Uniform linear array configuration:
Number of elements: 4
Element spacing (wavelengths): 0.25
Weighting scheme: kaiser
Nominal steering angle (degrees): -15
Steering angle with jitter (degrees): -16.514
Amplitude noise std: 0.05
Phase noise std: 0.05

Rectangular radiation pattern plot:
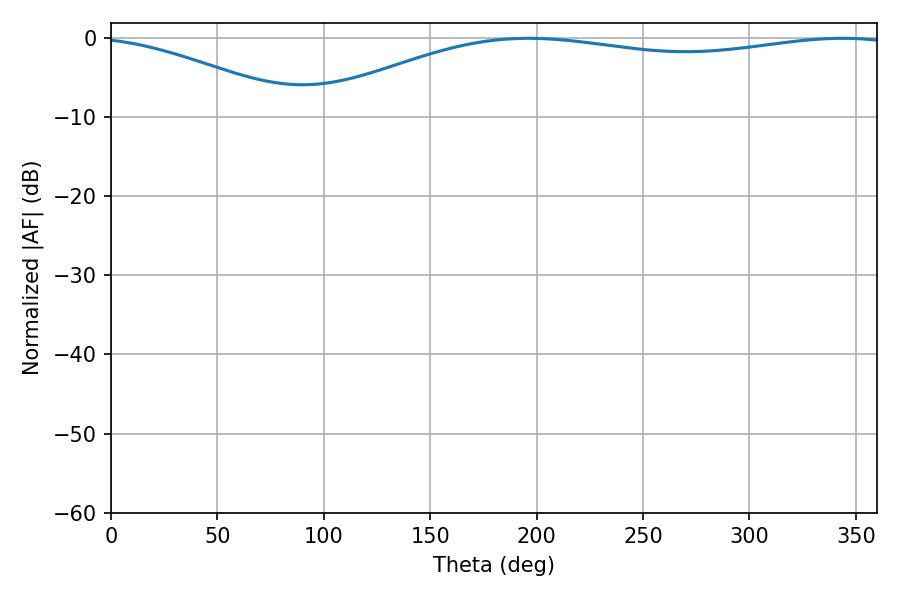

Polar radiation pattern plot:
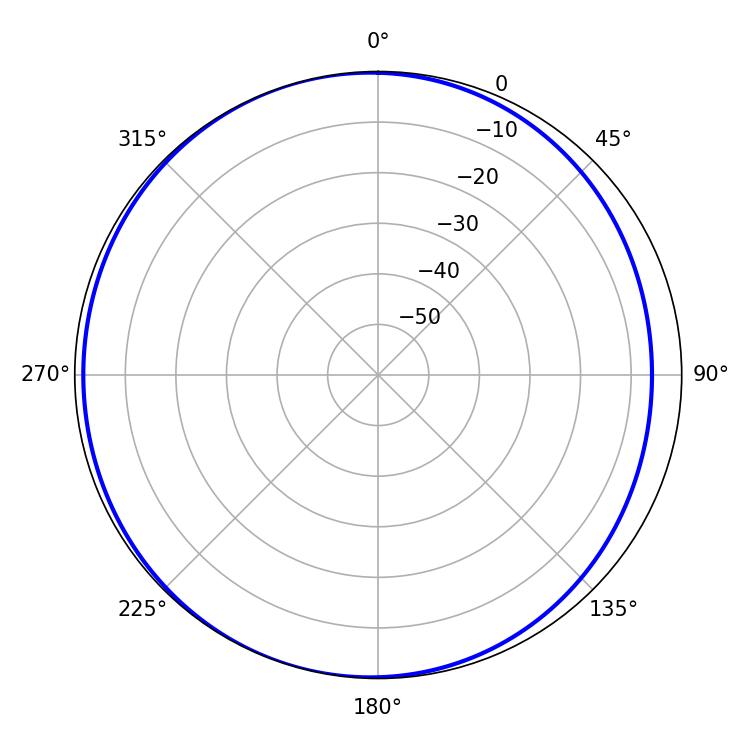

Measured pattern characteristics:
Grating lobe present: FALSE
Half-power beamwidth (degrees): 222.3
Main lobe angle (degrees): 196.2